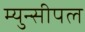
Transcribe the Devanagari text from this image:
म्युन्सीपल